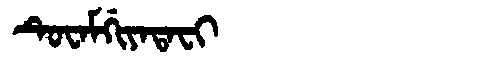
Manchu: ᡨᡠᠸᠠᠮᡤᡳᠶᠠᡨᠠᠸᡳ
Romanization: TUWAMGIYATAFI